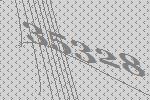
35328